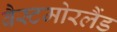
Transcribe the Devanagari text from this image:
वैस्टमोरलैंड